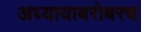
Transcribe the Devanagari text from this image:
अध्यायाबरोबरच